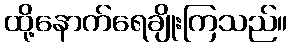
ထို့နောက်ရေချိုးကြသည်။